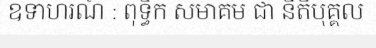
ឧទាហរណ៍ : ពុទ្ធិក សមាគម ជា នីតិបុគ្គល